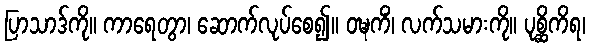
ပြာသာဒ်ကို။ ကာရေတွာ၊ ဆောက်လုပ်စေ၍။ ဝဍ္ဎကိံ၊ လက်သမားကို။ ပုစ္ဆိကိရ၊